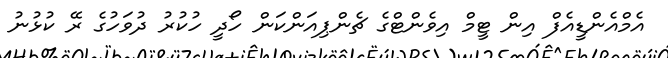
އެމްއެންޑީއެފް އިން ޓީމް އިވެންޓްގެ ޗެންޕިއަންކަން ހޯދީ ހުކުރު ދުވަހުގެ ރޭ ކުޅުނު